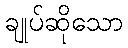
ချုပ်ဆိုသော